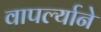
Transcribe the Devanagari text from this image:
वापर्ल्याने